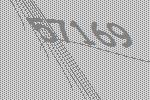
57169